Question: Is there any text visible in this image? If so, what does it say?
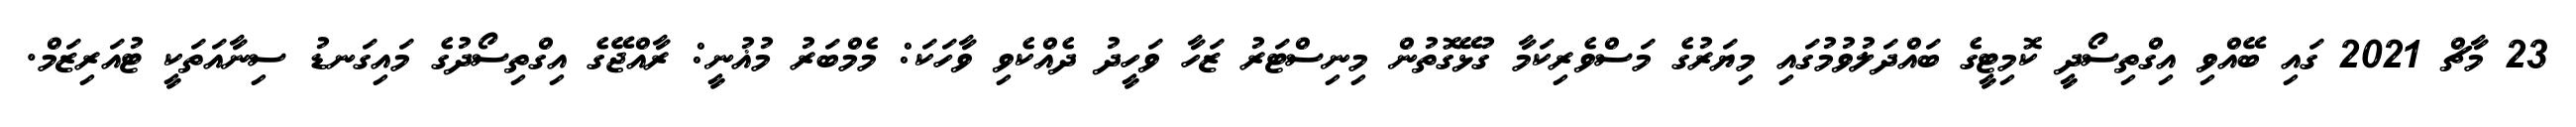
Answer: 23 މާޗް 2021 ގައި ބޭއްވި އިގްތިސޯދީ ކޮމިޓީގެ ބައްދަލުވުމުގައި މިޔަރުގެ މަސްވެރިކަމާ ގުޅޭގޮތުން މިނިސްޓަރު ޒަހާ ވަހީދު ދެއްކެވި ވާހަކަ: މެމްބަރު މުޣުނީ: ރާއްޖޭގެ އިގްތިސޯދުގެ މައިގަނޑު ސިނާއަތަކީ ޓުއަރިޒަމް.